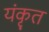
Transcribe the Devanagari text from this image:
यंकृत